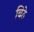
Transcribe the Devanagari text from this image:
बिठे